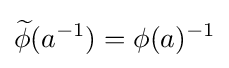
{\widetilde {\phi }}(a^{-1})=\phi (a)^{-1}